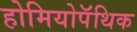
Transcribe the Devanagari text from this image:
होमियोपॅथिक